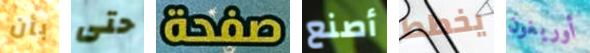
بأن حتى صفحة أصنع يخطط أوريغون